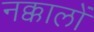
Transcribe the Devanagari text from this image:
नक्कालों